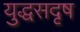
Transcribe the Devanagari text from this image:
युद्धसदृष